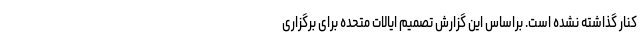
کنار گذاشته نشده است. براساس این گزارش تصمیم ایالات متحده برای برگزاری